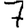
Digit: 7